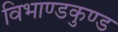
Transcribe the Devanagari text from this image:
विभाण्डकुण्ड